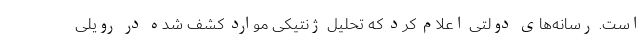
است. رسانه‌های دولتی اعلام کرد که تحلیل ژنتیکی موارد کشف شده در رویلی